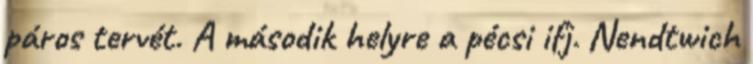
páros tervét. A második helyre a pécsi ifj. Nendtwich